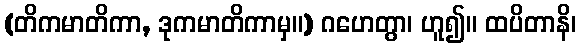
(တိကမာတိကာ, ဒုကမာတိကာမှ။) ဂဟေတွာ၊ ဟူ၍။ ထပိတာနိ၊